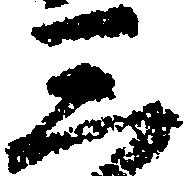
三